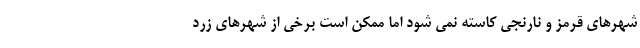
شهرهای قرمز و نارنجی کاسته نمی شود اما ممکن است برخی از شهرهای زرد